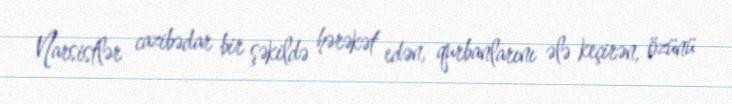
Narsistlər cazibədar bir şəkildə hərəkət edən, qurbanlarını ələ keçirən, özünü